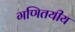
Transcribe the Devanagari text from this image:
गणितयीय